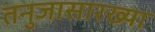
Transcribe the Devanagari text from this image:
तनुजासारख्या